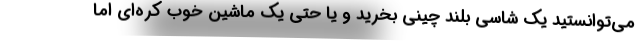
می‌توانستید یک شاسی بلند چینی بخرید و یا حتی یک ماشین خوب کره‌ای اما